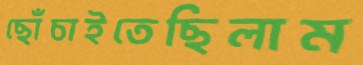
ছোঁচাইতেছিলাম